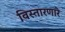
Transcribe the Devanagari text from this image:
विस्तारणारे